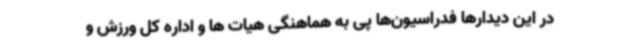
در این دیدارها فدراسیون‌ها پی به هماهنگی هیات ها و اداره کل ورزش و